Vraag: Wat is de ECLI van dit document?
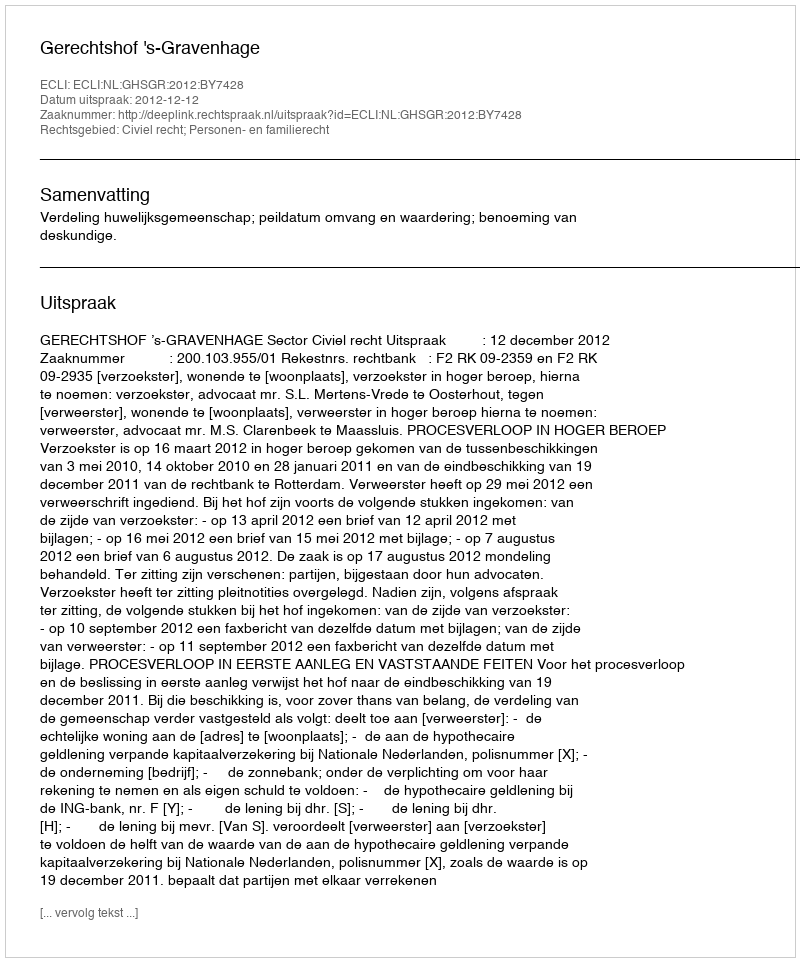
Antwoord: ECLI:NL:GHSGR:2012:BY7428